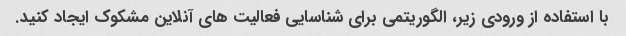
با استفاده از ورودی زیر، الگوریتمی برای شناسایی فعالیت های آنلاین مشکوک ایجاد کنید.